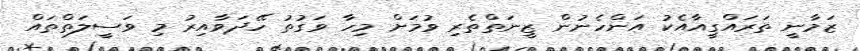
ޒަމާނީ ތަރައްގީއާއެކު އަންހެނުން ޒީނަތްތެރި ވުމަށް މިހާ ވަގުތު ހޭދަވާއިރު މި ވަސީލަތްތައް